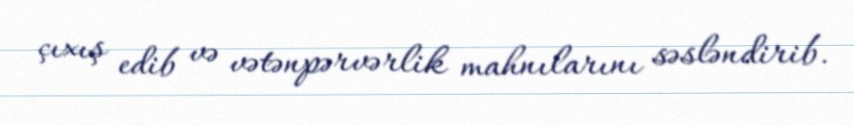
çıxış edib və vətənpərvərlik mahnılarını səsləndirib.